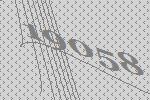
19058